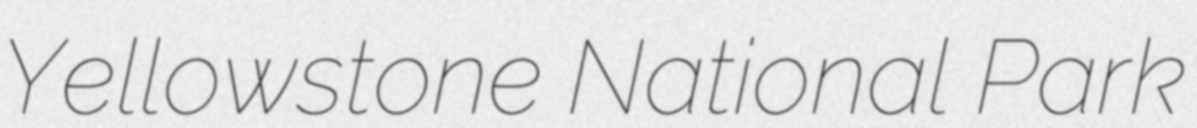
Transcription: Yellowstone National Park